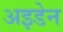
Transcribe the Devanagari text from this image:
अइडेन